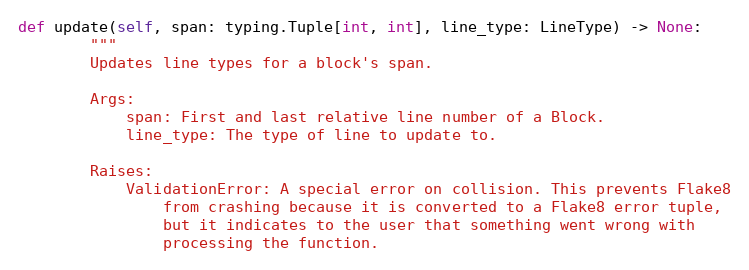
Language: Python
def update(self, span: typing.Tuple[int, int], line_type: LineType) -> None:
        """
        Updates line types for a block's span.

        Args:
            span: First and last relative line number of a Block.
            line_type: The type of line to update to.

        Raises:
            ValidationError: A special error on collision. This prevents Flake8
                from crashing because it is converted to a Flake8 error tuple,
                but it indicates to the user that something went wrong with
                processing the function.